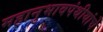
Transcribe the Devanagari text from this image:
महानुभावपंथीयांचे